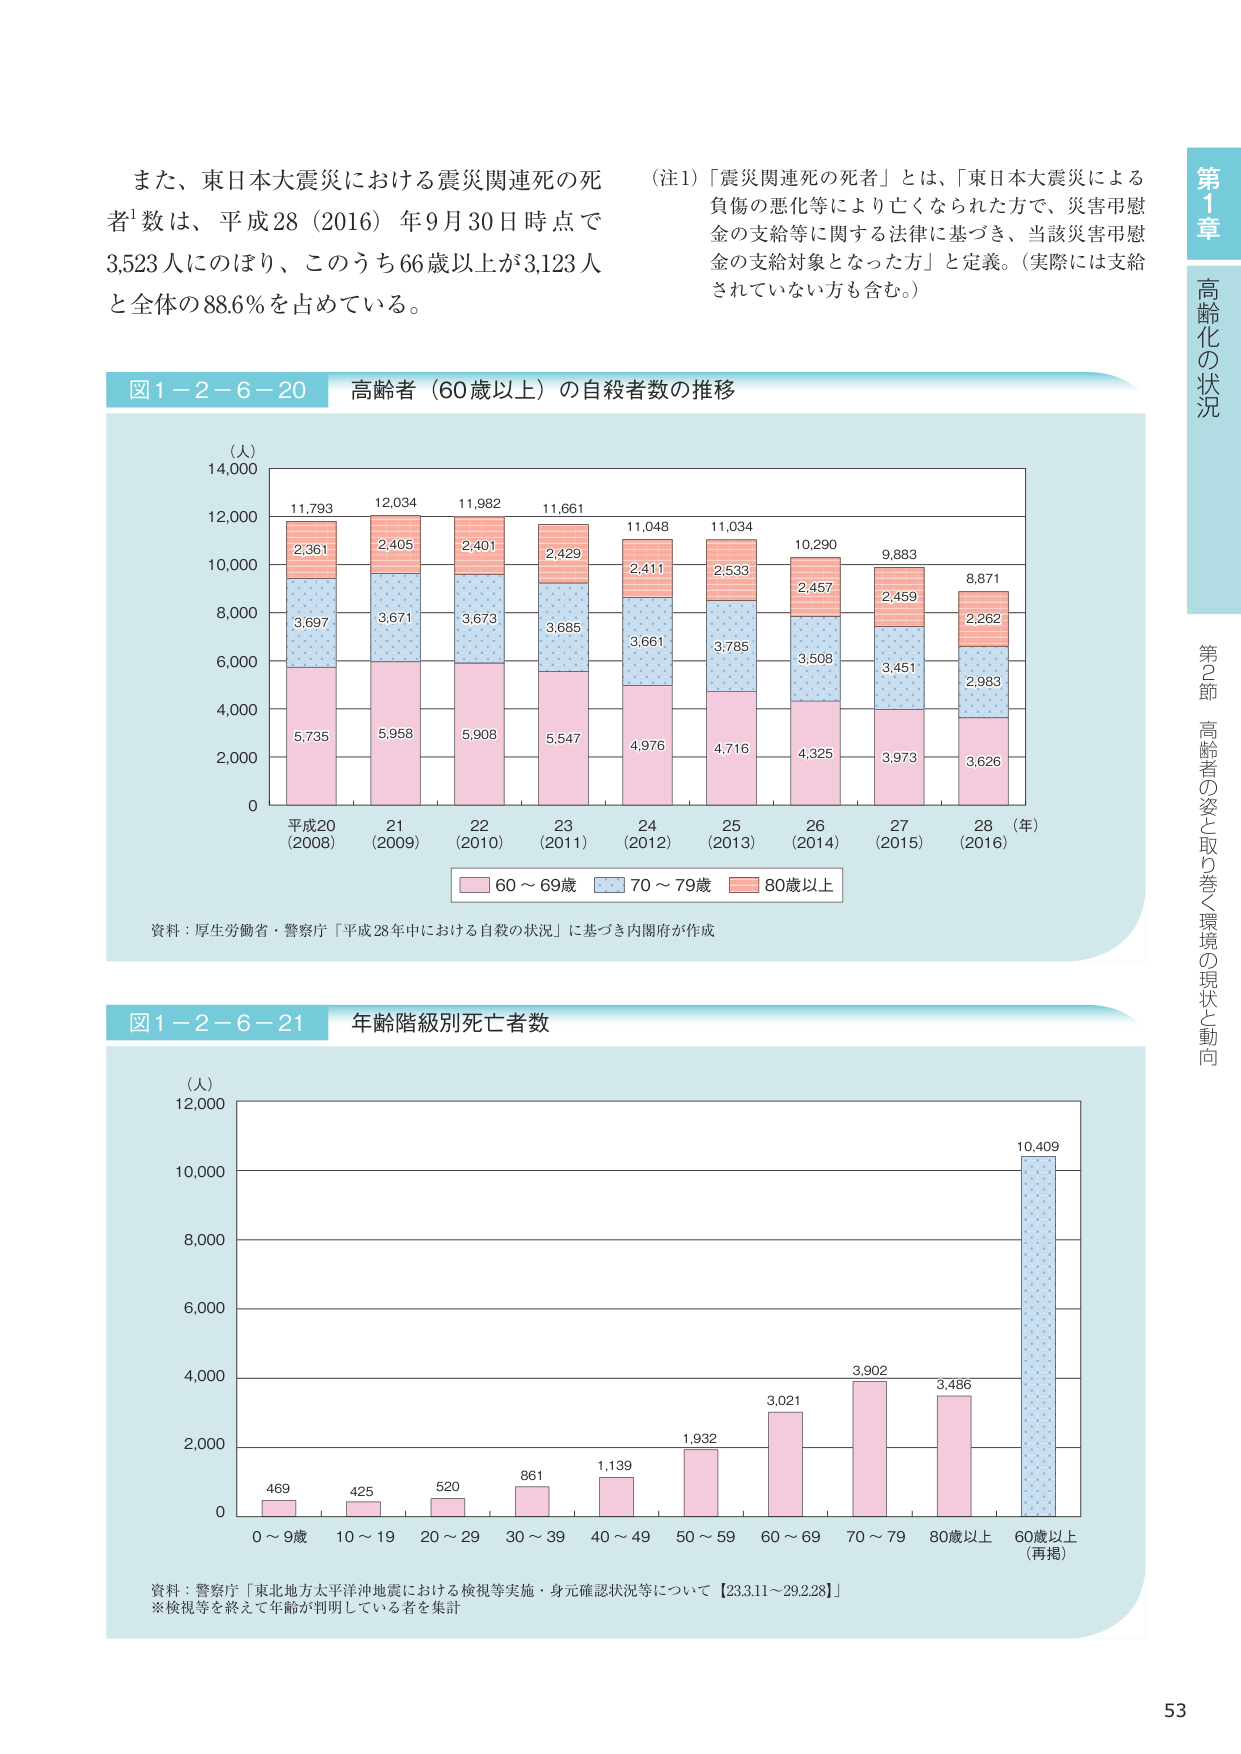
また、東日本大震災における震災関連死の死者¹数は、平成28（2016）年9月30日時点で3,523人にのぼり、このうち66歳以上が3,123人と全体の88.6％を占めている。

（注1）「震災関連死の死者」とは、「東日本大震災による負傷の悪化等により亡くなられた方で、災害弔慰金の支給等に関する法律に基づき、当該災害弔慰金の支給対象となった方」と定義。（実際には支給されていない方も含む。）

図1-2-6-20 高齢者（60歳以上）の自殺者数の推移

（人）
14,000
12,000
10,000
8,000
6,000
4,000
2,000
0

平成20
（2008）
21
（2009）
22
（2010）
23
（2011）
24
（2012）
25
（2013）
26
（2014）
27
（2015）
28
（2016）
（年）

11,793
2,361
3,697
5,735

12,034
2,405
3,671
5,958

11,982
2,401
3,673
5,908

11,661
2,429
3,685
5,547

11,048
2,411
3,661
4,976

11,034
2,533
3,785
4,716

10,290
2,457
3,508
4,325

9,883
2,459
3,451
3,973

8,871
2,262
2,983
3,626

■ 60～69歳
■ 70～79歳
■ 80歳以上

資料：厚生労働省・警察庁「平成28年中における自殺の状況」に基づき内閣府が作成

図1-2-6-21 年齢階級別死亡者数

（人）
12,000
10,000
8,000
6,000
4,000
2,000
0

0～9歳
10～19
20～29
30～39
40～49
50～59
60～69
70～79
80歳以上
60歳以上
（再掲）

469
425
520
861
1,139
1,932
3,021
3,902
3,486
10,409

資料：警察庁「東北地方太平洋沖地震における検視等実施・身元確認状況等について【23.3.11～29.2.28】」
※検視等を終えて年齢が判明している者を集計

第1章 高齢化の状況
第2節 高齢者の姿と取り巻く環境の現状と動向

53